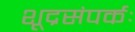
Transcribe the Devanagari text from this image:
शूद्रसंपर्कः